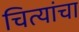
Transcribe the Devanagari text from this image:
चित्यांचा